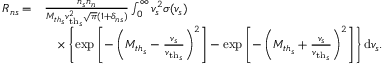
\begin{array} { r l } { R _ { n s } = } & { \frac { n _ { s } n _ { n } } { M _ { t h _ { s } } \ensuremath { v _ { \mathrm { t h } _ { s } } } ^ { 2 } \sqrt { \pi } ( 1 + \delta _ { n s } ) } \int _ { 0 } ^ { \infty } v _ { s } ^ { 2 } \sigma ( v _ { s } ) } \\ & { \quad \times \left\lbrace \exp \left[ - \left( M _ { t h _ { s } } - \frac { v _ { s } } { \ensuremath { v _ { \mathrm { t h } _ { s } } } } \right) ^ { 2 } \right] - \exp \left[ - \left( M _ { t h _ { s } } + \frac { v _ { s } } { \ensuremath { v _ { \mathrm { t h } _ { s } } } } \right) ^ { 2 } \right] \right\rbrace \mathrm { d } v _ { s } . } \end{array}